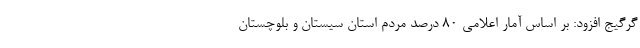
گرگیج افزود: بر اساس آمار اعلامی 80 درصد مردم استان سیستان و بلوچستان